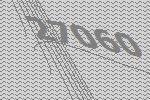
27060